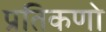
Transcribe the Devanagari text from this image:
प्रतिकणो